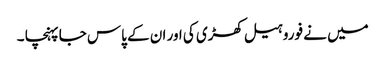
میں نے فوروہیل کھڑی کی اور ان کے پاس جا پہنچا ۔